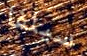
سيلفا